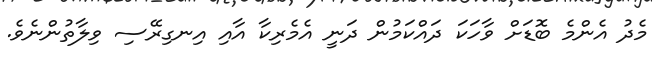
މެދު އެންމެ ބޮޑަށް ވާހަކަ ދައްކަމުން ދަނީ އެމެރިކާ އާއި އިނގިރޭސި ވިލާތުންނެވެ.